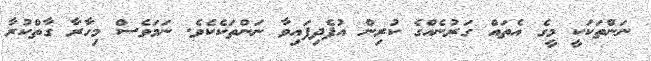
ނަންތަކަކީ މީގެ އެތައް ގަރުނެއްގެ ކުރިން އުފެދިފައިވާ ނަންތަކެކެވެ. ނަމަވެސް މިހާރާ ގާތްކުރާ